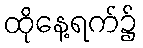
ထိုနေ့ရက်၌